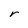
Character: r